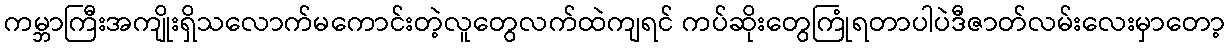
ကမ္ဘာကြီးအကျိုးရှိသလောက်မကောင်းတဲ့လူတွေလက်ထဲကျရင် ကပ်ဆိုးတွေကြုံရတာပါပဲဒီဇာတ်လမ်းလေးမှာတော့